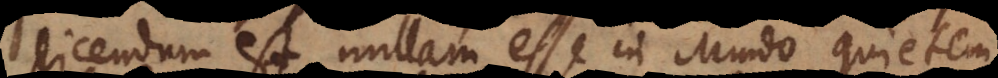
dicendum est nullam esse in Mundo quietem